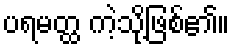
ပရမတ္ထ ကဲ့သို့ဖြစ်၏။